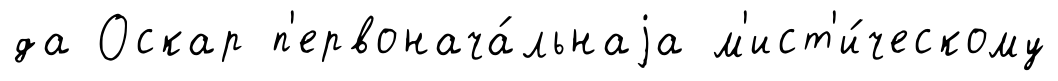
да Оскар п'ервонача́льнаjа м'ист'и́ческому